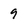
Character: 9